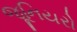
જૂનિયરો